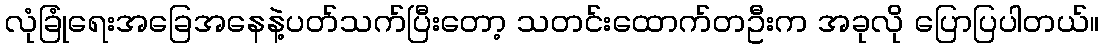
လုံခြုံရေးအခြေအနေနဲ့ပတ်သက်ပြီးတော့ သတင်းထောက်တဦးက အခုလို ပြောပြပါတယ်။